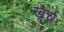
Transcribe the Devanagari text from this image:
ख्रर्च